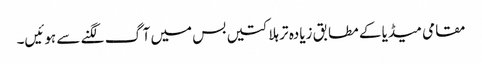
مقامی میڈیا کے مطابق زیادہ تر ہلاکتیں بس میں آگ لگنے سے ہوئیں۔